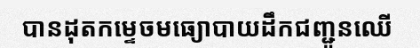
បានដុតកម្ទេចមធ្យោបាយដឹកជញ្ជូនឈើ